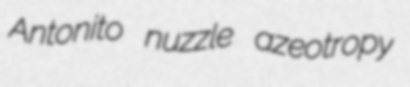
Antonito nuzzle azeotropy